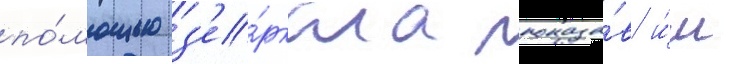
по́мощью з'е́ркала показа́в и́м